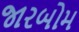
જારબોમ